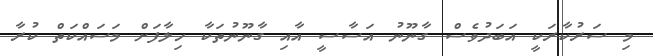
މި ސަރުކާރަކީ އަބަދުވެސް ގާނޫނު އަސާސީ އާއި ގާނޫނުތަކާ ހިލާފަށް މަސައްކަތް ކުރާ